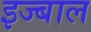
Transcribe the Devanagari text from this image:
इज्बाल